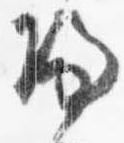
帰